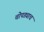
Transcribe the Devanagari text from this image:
चोपड्याच